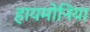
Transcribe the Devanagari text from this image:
हायमोनिया